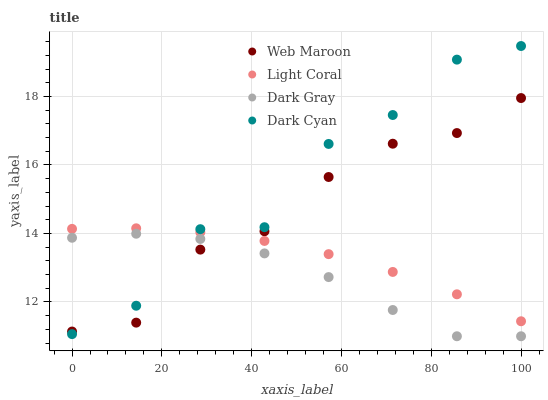
| xaxis_label | Web Maroon | Light Coral | Dark Gray | Dark Cyan |
 | --- | --- | --- | --- | --- |
 | 0 | 11.1 | 14.1 | 13.9 | 11.1 |
 | 14.3 | 11.4 | 14.2 | 14 | 11.9 |
 | 28.6 | 13.5 | 14 | 13.8 | 14.1 |
 | 42.9 | 14.1 | 13.8 | 13.4 | 14.2 |
 | 57.1 | 15.6 | 13.4 | 12.7 | 16.6 |
 | 71.4 | 16.6 | 12.9 | 11.8 | 17.5 |
 | 85.7 | 16.9 | 12.2 | 11 | 19.1 |
 | 100 | 18 | 11.4 | 11 | 19.5 |